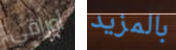
أوراقي بالمزيد